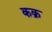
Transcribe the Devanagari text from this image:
कक्र